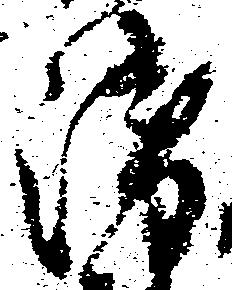
衛